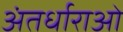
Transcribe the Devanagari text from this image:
अंतर्धाराओं